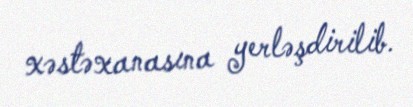
xəstəxanasına yerləşdirilib.